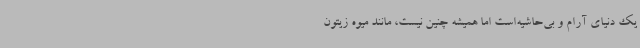
یک دنیای آرام و بی‌حاشیه‌است اما همیشه چنین نیست‌، مانند میوه زیتون